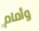
وأمام